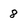
Character: 8